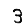
Digit: 3